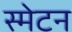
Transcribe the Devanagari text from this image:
स्मेटन